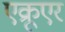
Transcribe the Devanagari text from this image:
एक्रूएर